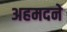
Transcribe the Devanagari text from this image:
अहमदने